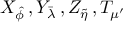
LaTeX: X _ { \hat { \phi } } \, , Y _ { \bar { \lambda } } \, , Z _ { \tilde { \eta } } \, , T _ { \mu ^ { \prime } }